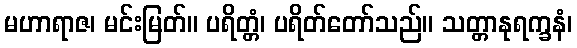
မဟာရာဇ၊ မင်းမြတ်။ ပရိတ္တံ၊ ပရိတ်တော်သည်။ သတ္တာနုရက္ခနံ၊